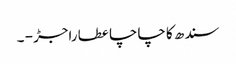
سندھ کا چاچا عطا راجڑ - ۔